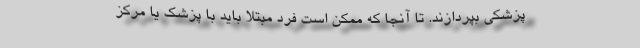
پزشکی بپردازند. تا آنجا که ممکن است فرد مبتلا باید با پزشک یا مرکز